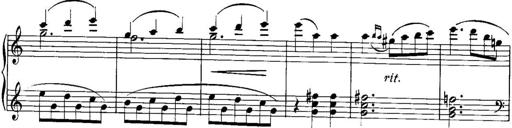
Title: Piano Sonatina No.1, Op.146
Composer: Stephen Heller